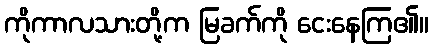
ကိုကာလသားတို့က မြခက်ကို ငေးနေကြ၏။